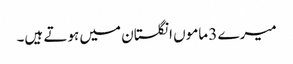
میرے 3 ماموں انگلستان میں ہوتے ہیں۔